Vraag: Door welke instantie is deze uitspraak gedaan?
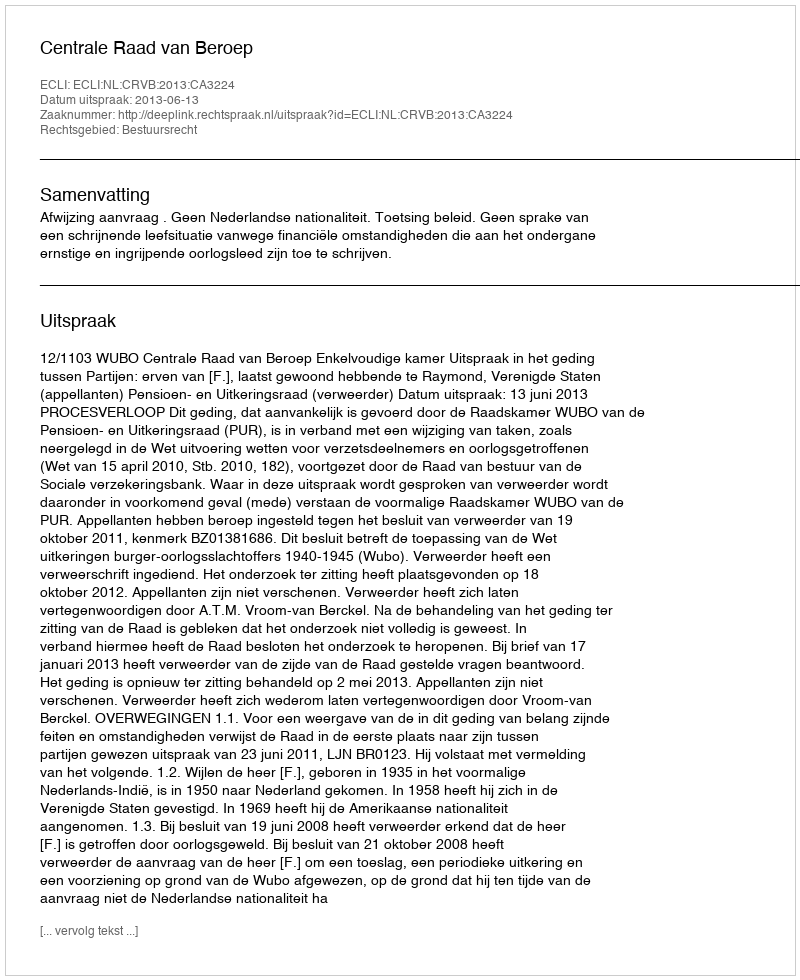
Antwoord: Centrale Raad van Beroep